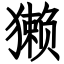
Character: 獭